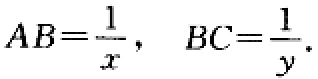
\[

AB=\frac{1}{x}, \quad BC=\frac{1}{y}.

\]